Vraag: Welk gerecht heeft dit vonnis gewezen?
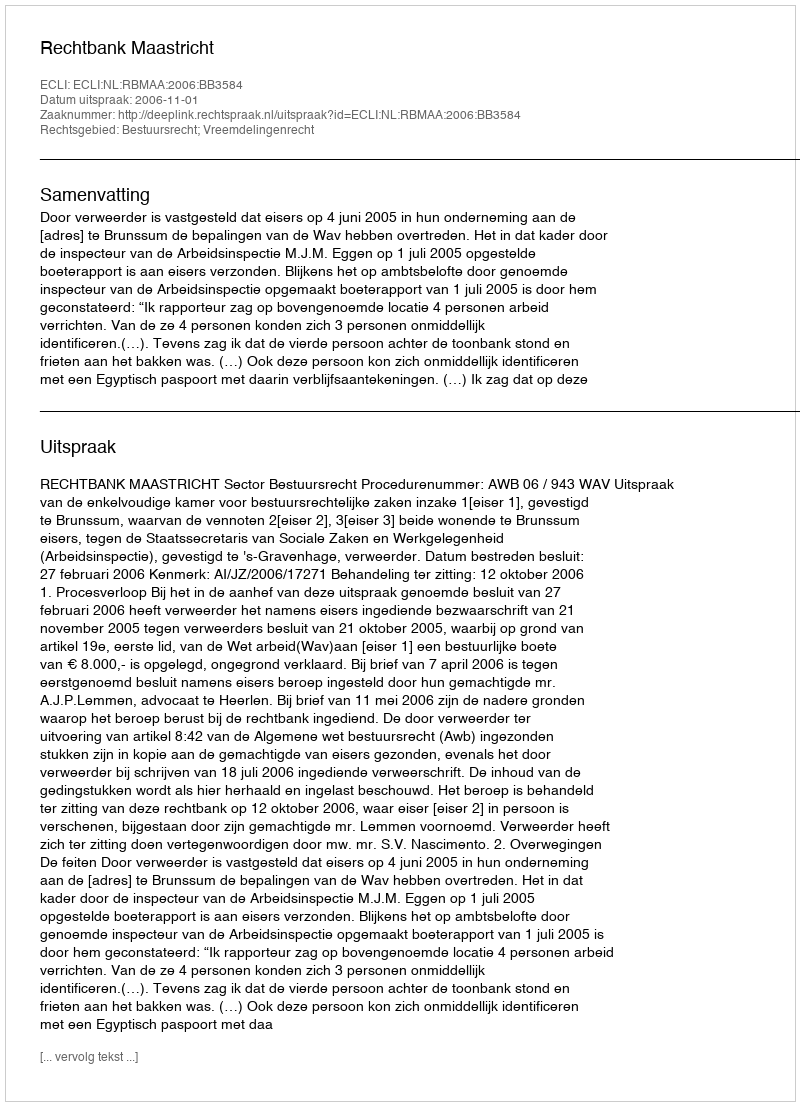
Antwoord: Rechtbank Maastricht